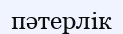
пәтерлік